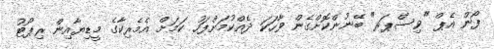
ފޯން އެޕް "ވިސްޕަރ" ބޭނުންކޮށްގެން ވާހަކަ ދެއްކުމަށްފަހު ކަމަށް އެމެރިކާގެ މީޑިޔާއިން ރިޕޯޓު